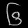
Digit: ၆